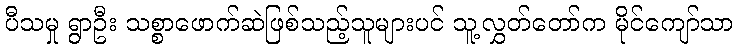
ပီသမှု ရွာဦး သစ္စာဖောက်ဆဲဖြစ်သည့်သူများပင် သူ့လွှတ်တော်က မိုင်ကျော်သာ